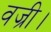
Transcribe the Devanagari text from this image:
वज्री।